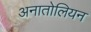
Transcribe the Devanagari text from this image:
अनातोलियन